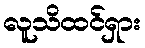
လူသိထင်ရှား